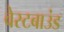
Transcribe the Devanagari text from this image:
वेस्टबाउंड